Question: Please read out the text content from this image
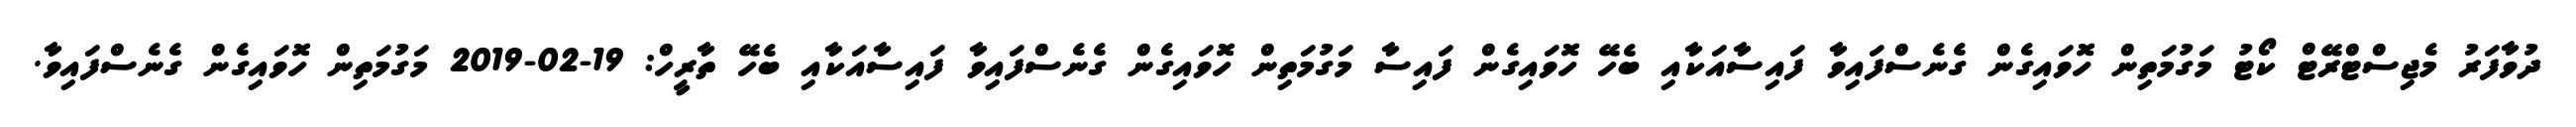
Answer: ދުވާފަރު މެޖިސްޓްރޭޓް ކޯޓު މަގުމަތިން ހޮވައިގެން ގެނެސްފައިވާ ފައިސާއަކާއި ބެހޭ ހޮވައިގެން ފައިސާ މަގުމަތިން ހޮވައިގެން ގެނެސްފައިވާ ފައިސާއަކާއި ބެހޭ ތާރީހް: 19-02-2019 މަގުމަތިން ހޮވައިގެން ގެނެސްފައިވާ.